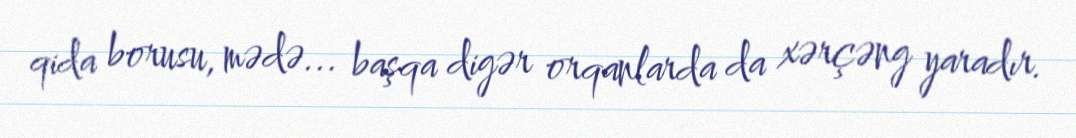
qida borusu, mədə... başqa digər orqanlarda da xərçəng yaradır.